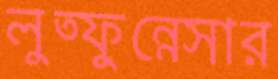
লুত্ফুন্নেসার